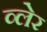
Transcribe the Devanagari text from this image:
व्‍लेर